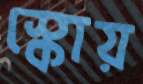
স্কোয়